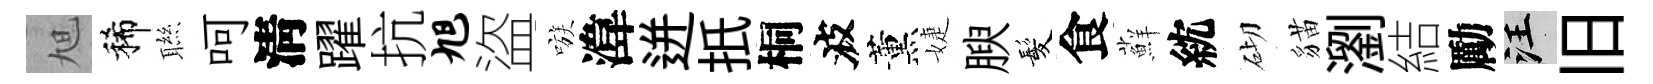
旭稀聮呵淸躍抗旭盜嗾湋迸扺桐波薰婕腴髪食蘚紞砌貓瀏結勵汪旧